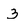
Character: 3